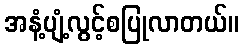
အနံ့ပျံ့လွင့်စပြုလာတယ်။